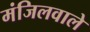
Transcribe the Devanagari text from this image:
मंजिलवाले